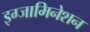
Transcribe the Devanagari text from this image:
इग्जामिनेशन